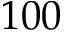
1 0 0